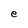
Character: e